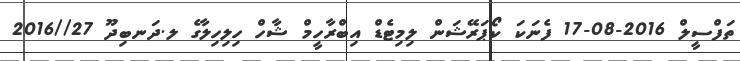
ތަފްސީލް 2016-08-17 ފެނަކަ ކޯޕަރޭޝަން ލިމިޓެޑް އިބްރާހީމް ޝާހް ހިލިހިލާގެ ލ.ދަނބިދޫ 27//2016